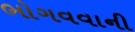
ભોગવવાની